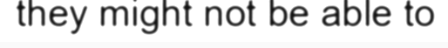
they might not be able to